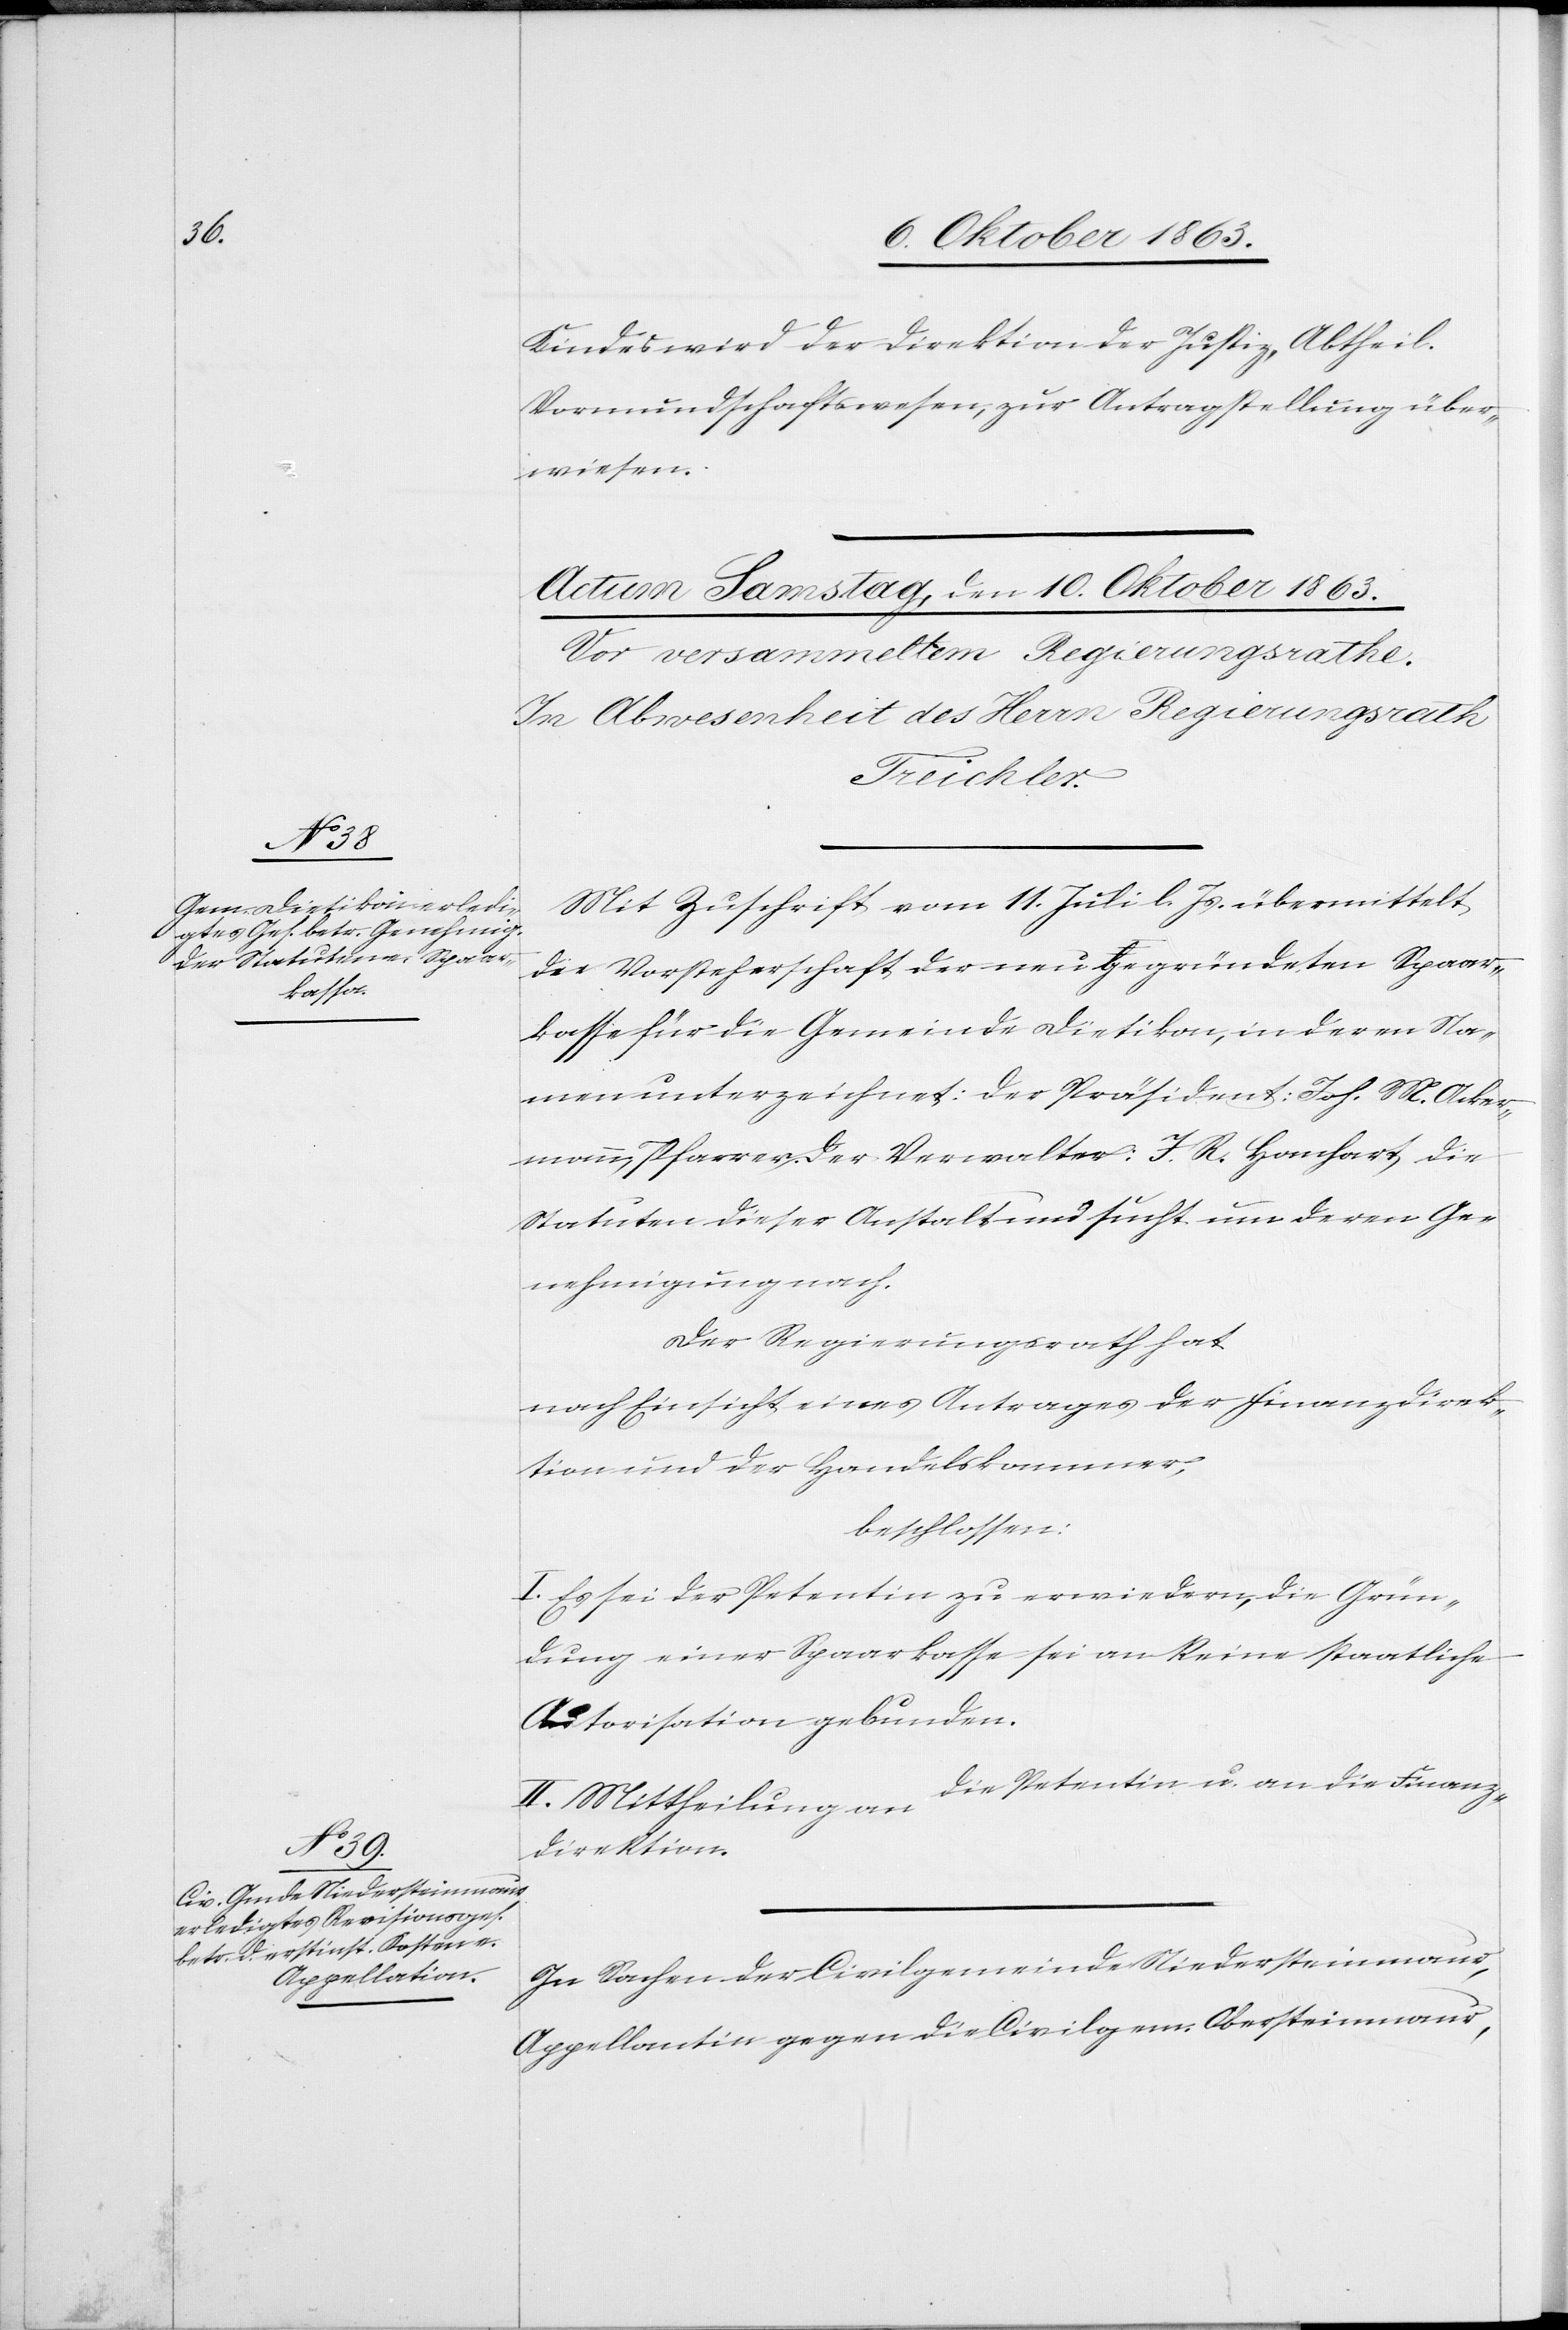
Kindes wird der Direktion der Justiz, Abtheil.
Vormundschaftswesen, zur Antragstellung über¬
wiesen.
Mit Zuschrift vom 11. Juli l. Js. übermittelt
die Vorsteherschaft der neu gegründeten Spaar¬
kasse für die Gemeinde Dietikon, in deren Na¬
men unterzeichnet: der Präsident: Joh. M. Acker¬
mann, Pfarrer. Der Verwalter: J. R. Hanhart, die
Statuten dieser Anstalt und sucht um deren Ge¬
nehmigung nach.
Der Regierungsrath hat
nach Einsicht eines Antrages der Finanzdirek¬
tion und der Handelskammer,
beschlossen:
I. Es sei der Petentin zu erwiedern, die Grün¬
dung einer Spaarkasse sei an keine staatliche
Autorisation gebunden.
die Petentin u. an die Finanz¬
II. Mittheilung an
direktion.
In Sachen der Civilgemeinde Niedersteinmaur,
Appellantin gegen die Civilgem. Obersteinmaur,